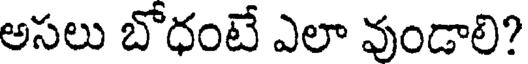
అసలు బోధంటే ఎలా వుండాలి?